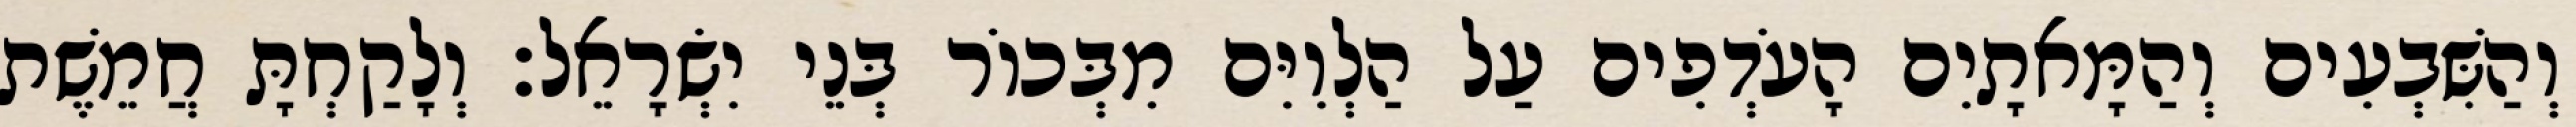
וְהַשִּׁבְעִים וְהַמָּאתָיִם הָעֹדְפִים עַל הַלְוִיִּם מִבְּכוֹר בְּנֵי יִשְׂרָאֵל׃ וְלָקַחְתָּ חֲמֵשֶׁת